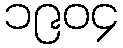
၁၉၀၄